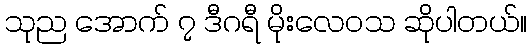
သုည အောက် ၇ ဒီဂရီ မိုးလေဝသ ဆိုပါတယ်။